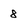
Character: 8